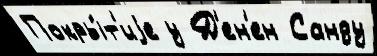
Покры́т'иjе у Д'ен'ен Санду